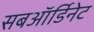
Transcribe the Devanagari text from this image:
सबऑर्डिनेट